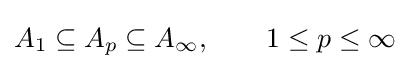
A_{1}\subseteq A_{p}\subseteq A_{\infty },\qquad 1\leq p\leq \infty